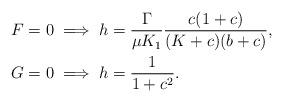
LaTeX: \begin{align*}F=0 \implies h&=\frac{\Gamma}{\mu K_1}\frac{c(1+c)}{(K+c)(b+c)},\\G=0 \implies h&=\frac{1}{1+c^2}.\end{align*}